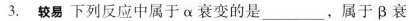
3.较易 下列反应中属于\alpha 衰变的是___，属于\beta 衰